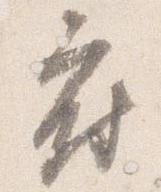
府